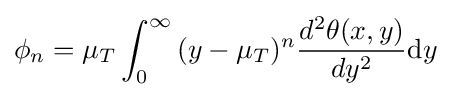
{\phi _{n}}=\mu _{T}\int _{0}^{\infty }{(y-{\mu _{T}})^{n}{d^{2}\theta (x,y) \over dy^{2}}\mathrm {d} y}